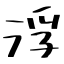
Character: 浮